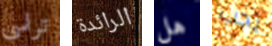
تراسي الرائدة هل يجب